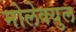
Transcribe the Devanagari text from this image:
मोलेक्युल